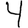
Digit: 4